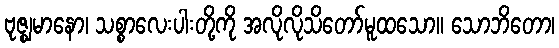
ဗုဇ္ဈမာနော၊ သစ္စာလေးပါးတို့ကို အလိုလိုသိတော်မူထသော။ သောဘိတော၊